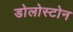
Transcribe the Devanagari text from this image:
डोलोस्टोन